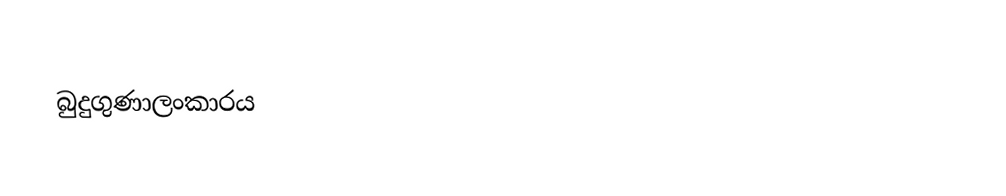
බුදුගුණාලංකාරය